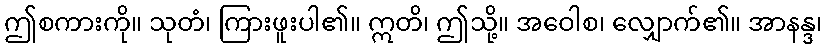
ဤစကားကို။ သုတံ၊ ကြားဖူးပါ၏။ ဣတိ၊ ဤသို့။ အဝေါစ၊ လျှောက်၏။ အာနန္ဒ၊